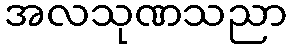
အလသုဏသညာ